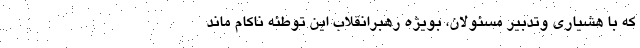
که با هشیاری وتدبیر مسئولان، بویژه رهبرانقلاب این توطئه ناکام ماند